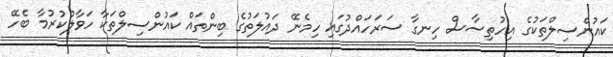
ކައުންސިލްތަކުގެ އިހުތިސާސް ހިނގާ ސަރަހައްދުގައި ހިމެނޭ ދައުލަތުގެ ބިންތައް ކައުންސިލްތަކާ ހަވާލުކުރުމާ ބެހޭ